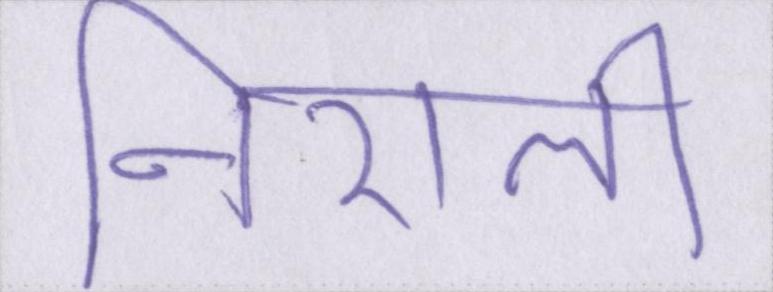
निराली